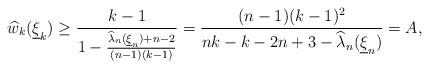
LaTeX: \begin{align*}\widehat{w}_{k}(\underline{\xi}_{k}) \geq\frac{k-1}{1-\frac{\widehat{\lambda}_{n}(\underline{\xi}_{n})+n-2}{(n-1)(k-1)}}= \frac{(n-1)(k-1)^2}{nk-k-2n+3-\widehat{\lambda}_{n}(\underline{\xi}_{n})}=A,\end{align*}